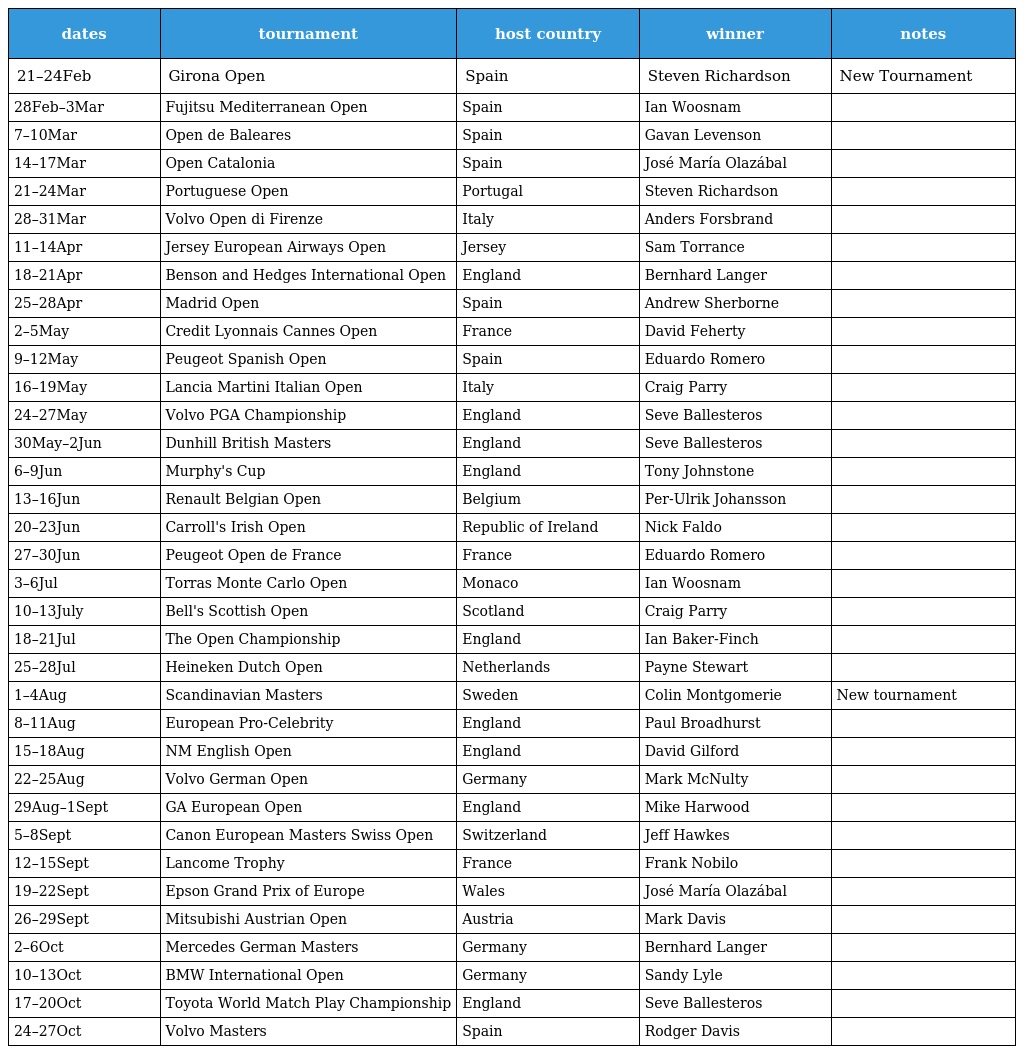
| dates | tournament | host country | winner | notes |
 | --- | --- | --- | --- | --- |
 | 21–24Feb | Girona Open | Spain | Steven Richardson | New Tournament |
 | 28Feb–3Mar | Fujitsu Mediterranean Open | Spain | Ian Woosnam |  |
 | 7–10Mar | Open de Baleares | Spain | Gavan Levenson |  |
 | 14–17Mar | Open Catalonia | Spain | José María Olazábal |  |
 | 21–24Mar | Portuguese Open | Portugal | Steven Richardson |  |
 | 28–31Mar | Volvo Open di Firenze | Italy | Anders Forsbrand |  |
 | 11–14Apr | Jersey European Airways Open | Jersey | Sam Torrance |  |
 | 18–21Apr | Benson and Hedges International Open | England | Bernhard Langer |  |
 | 25–28Apr | Madrid Open | Spain | Andrew Sherborne |  |
 | 2–5May | Credit Lyonnais Cannes Open | France | David Feherty |  |
 | 9–12May | Peugeot Spanish Open | Spain | Eduardo Romero |  |
 | 16–19May | Lancia Martini Italian Open | Italy | Craig Parry |  |
 | 24–27May | Volvo PGA Championship | England | Seve Ballesteros |  |
 | 30May–2Jun | Dunhill British Masters | England | Seve Ballesteros |  |
 | 6–9Jun | Murphy's Cup | England | Tony Johnstone |  |
 | 13–16Jun | Renault Belgian Open | Belgium | Per-Ulrik Johansson |  |
 | 20–23Jun | Carroll's Irish Open | Republic of Ireland | Nick Faldo |  |
 | 27–30Jun | Peugeot Open de France | France | Eduardo Romero |  |
 | 3–6Jul | Torras Monte Carlo Open | Monaco | Ian Woosnam |  |
 | 10–13July | Bell's Scottish Open | Scotland | Craig Parry |  |
 | 18–21Jul | The Open Championship | England | Ian Baker-Finch |  |
 | 25–28Jul | Heineken Dutch Open | Netherlands | Payne Stewart |  |
 | 1–4Aug | Scandinavian Masters | Sweden | Colin Montgomerie | New tournament |
 | 8–11Aug | European Pro-Celebrity | England | Paul Broadhurst |  |
 | 15–18Aug | NM English Open | England | David Gilford |  |
 | 22–25Aug | Volvo German Open | Germany | Mark McNulty |  |
 | 29Aug–1Sept | GA European Open | England | Mike Harwood |  |
 | 5–8Sept | Canon European Masters Swiss Open | Switzerland | Jeff Hawkes |  |
 | 12–15Sept | Lancome Trophy | France | Frank Nobilo |  |
 | 19–22Sept | Epson Grand Prix of Europe | Wales | José María Olazábal |  |
 | 26–29Sept | Mitsubishi Austrian Open | Austria | Mark Davis |  |
 | 2–6Oct | Mercedes German Masters | Germany | Bernhard Langer |  |
 | 10–13Oct | BMW International Open | Germany | Sandy Lyle |  |
 | 17–20Oct | Toyota World Match Play Championship | England | Seve Ballesteros |  |
 | 24–27Oct | Volvo Masters | Spain | Rodger Davis |  |